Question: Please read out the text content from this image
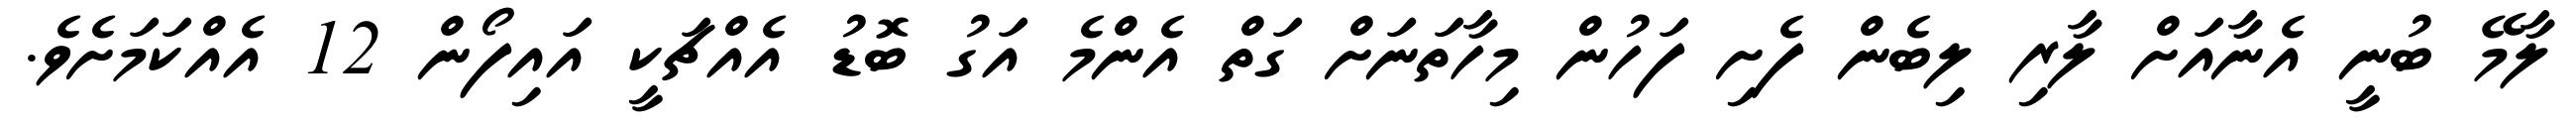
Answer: ލާމޭ ބުނީ އެނާއަށް ލާރި ލިބެން ފެށި ފަހުން މިހާތަނަށް ގަތް އެންމެ އަގު ބޮޑު އެއްޗަކީ އައިފޯން 12 އެއްކަމަށެވެ.